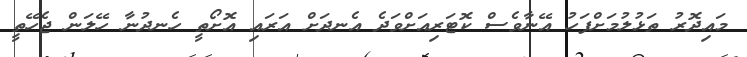
މައިދޮރު ތަޅުލުމަށްފަހު އޭނާވެސް ކޮޓަރިއަށްވަދެ އެނދަށް އަރައި އޮށޯތީ ހެނދުނާ ހޭލަން ޖެހޭތީ